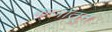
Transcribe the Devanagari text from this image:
कर्जातून